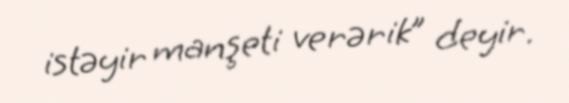
istəyir manşeti verərik” deyir.